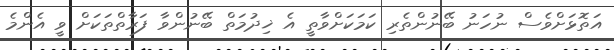
އަތޮޅަށްވެސް ނުހަނު ބޭނުންތެރި ކަމަކަށްވާތީ އެ ޚިދުމަތް ބޭނުންވާ ފަރާތްތަކަށް ވީ އެންމެ